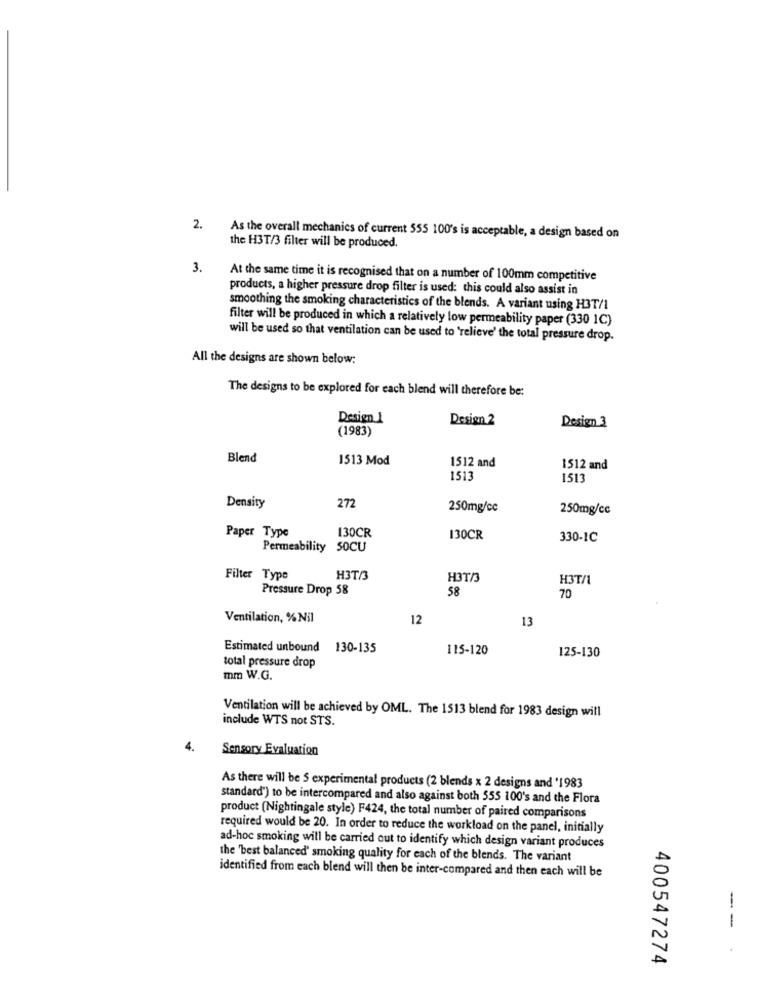
2.
As the overall mechanics of current 555 100's is acceptable, a design based on
the H3T/3 filter will be produced.
3.
At the same time it is recognised that on a number of 100mm competitive
products, a higher pressure drop filter is used: this could also assist in
smoothing the smoking characteristics of the blends. A variant using H3T/1
filter will be produced in which a relatively low permeability paper (330 1C)
will be used so that ventilation can be used to 'relieve' the total pressure drop.
All the designs are shown below:
The designs to be explored for each blend will therefore be:
Design 1
Design 2
Design 3
(1983)
Blend
1513 Mod
1512 and
1512 and
1513
1513
272
Density
250mg/cc
250mg/cc
Paper Type
130CR
130CR
330-1C
Permeability
SOCU
Filter Type
H3TA
H3T/3
H3T/1
Pressure Drop 58
58
70
Ventilation, % Nil
12
13
Estimated unbound 130-135
115-120
125-130
total pressure drop
mm W.G.
include WTS not STS.
Ventilation will be achieved by OML. The 1513 blend for 1983 design will
4.
Sensory Evaluation
As there will be $ experimental products (2 blends x 2 designs and '1983
standard") to be intercompared and also against both 555 100's and the Flora
product (Nightingale style) F424, the total number of paired comparisons
required would be 20. In order to reduce the workload on the panel, initially
ad-hoc smoking will be carried out to identify which design variant produces
the 'best balanced' smoking quality for each of the blends. The variant
identified from each blend will then be inter-compared and then each will be
--
400547274